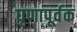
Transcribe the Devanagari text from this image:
घृणापूर्वक